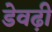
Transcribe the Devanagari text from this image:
डेवढ़ी